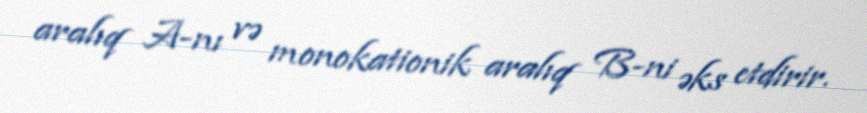
aralıq A-nı və monokationik aralıq B-ni əks etdirir.